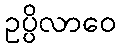
ဥပ္ပိလာဝေ